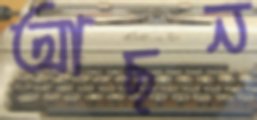
আছন